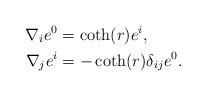
LaTeX: \begin{align*}\nabla_{i}e^{0}&=\coth(r)e^{i},\\\nabla_{j}e^{i}&=-\coth(r)\delta_{ij}e^{0}.\\\end{align*}